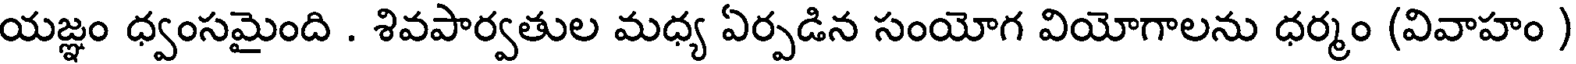
యజ్ఞం ధ్వంసమైంది . శివపార్వతుల మధ్య ఏర్పడిన సంయోగ వియోగాలను ధర్మం (వివాహం )